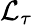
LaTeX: \mathcal{L}_{\tau}